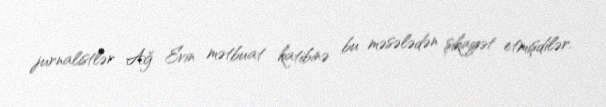
jurnalistlər Ağ Evin mətbuat katibinə bu məsələdən şikayət etmişdilər.